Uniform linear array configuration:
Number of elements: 16
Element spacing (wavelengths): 1
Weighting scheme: uniform
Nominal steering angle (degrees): -15
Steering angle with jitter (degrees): -16.996
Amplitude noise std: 0.05
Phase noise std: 0.05

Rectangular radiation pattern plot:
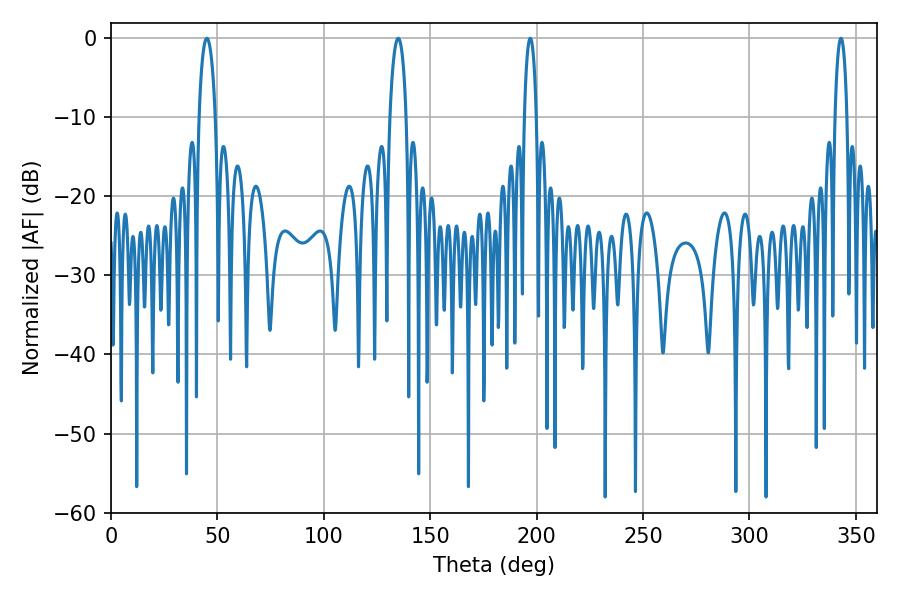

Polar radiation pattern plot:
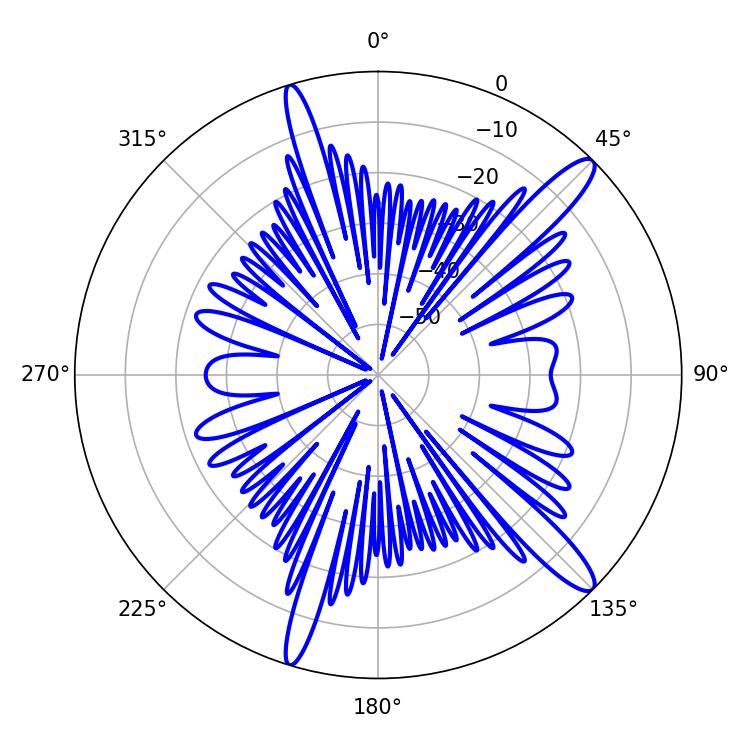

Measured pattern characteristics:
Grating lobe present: TRUE
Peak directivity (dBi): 13.648
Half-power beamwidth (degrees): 4.5
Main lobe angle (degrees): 45